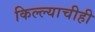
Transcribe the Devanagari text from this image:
किल्ल्याचीही